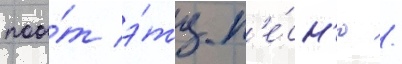
поо́т э́ту п'е́сн'ю /